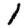
Digit: 1